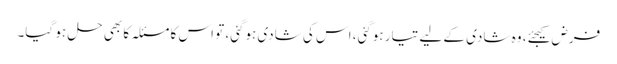
فرض کیجئے، وہ شادی کے لیے تیار ہوگئی، اس کی شادی ہوگئی، تو اس کا مسئلہ کا بھی حل ہو گیا۔